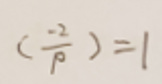
$(\frac{-2}{p}) = 1$